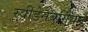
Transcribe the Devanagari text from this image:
स्वीडेनबर्गियन